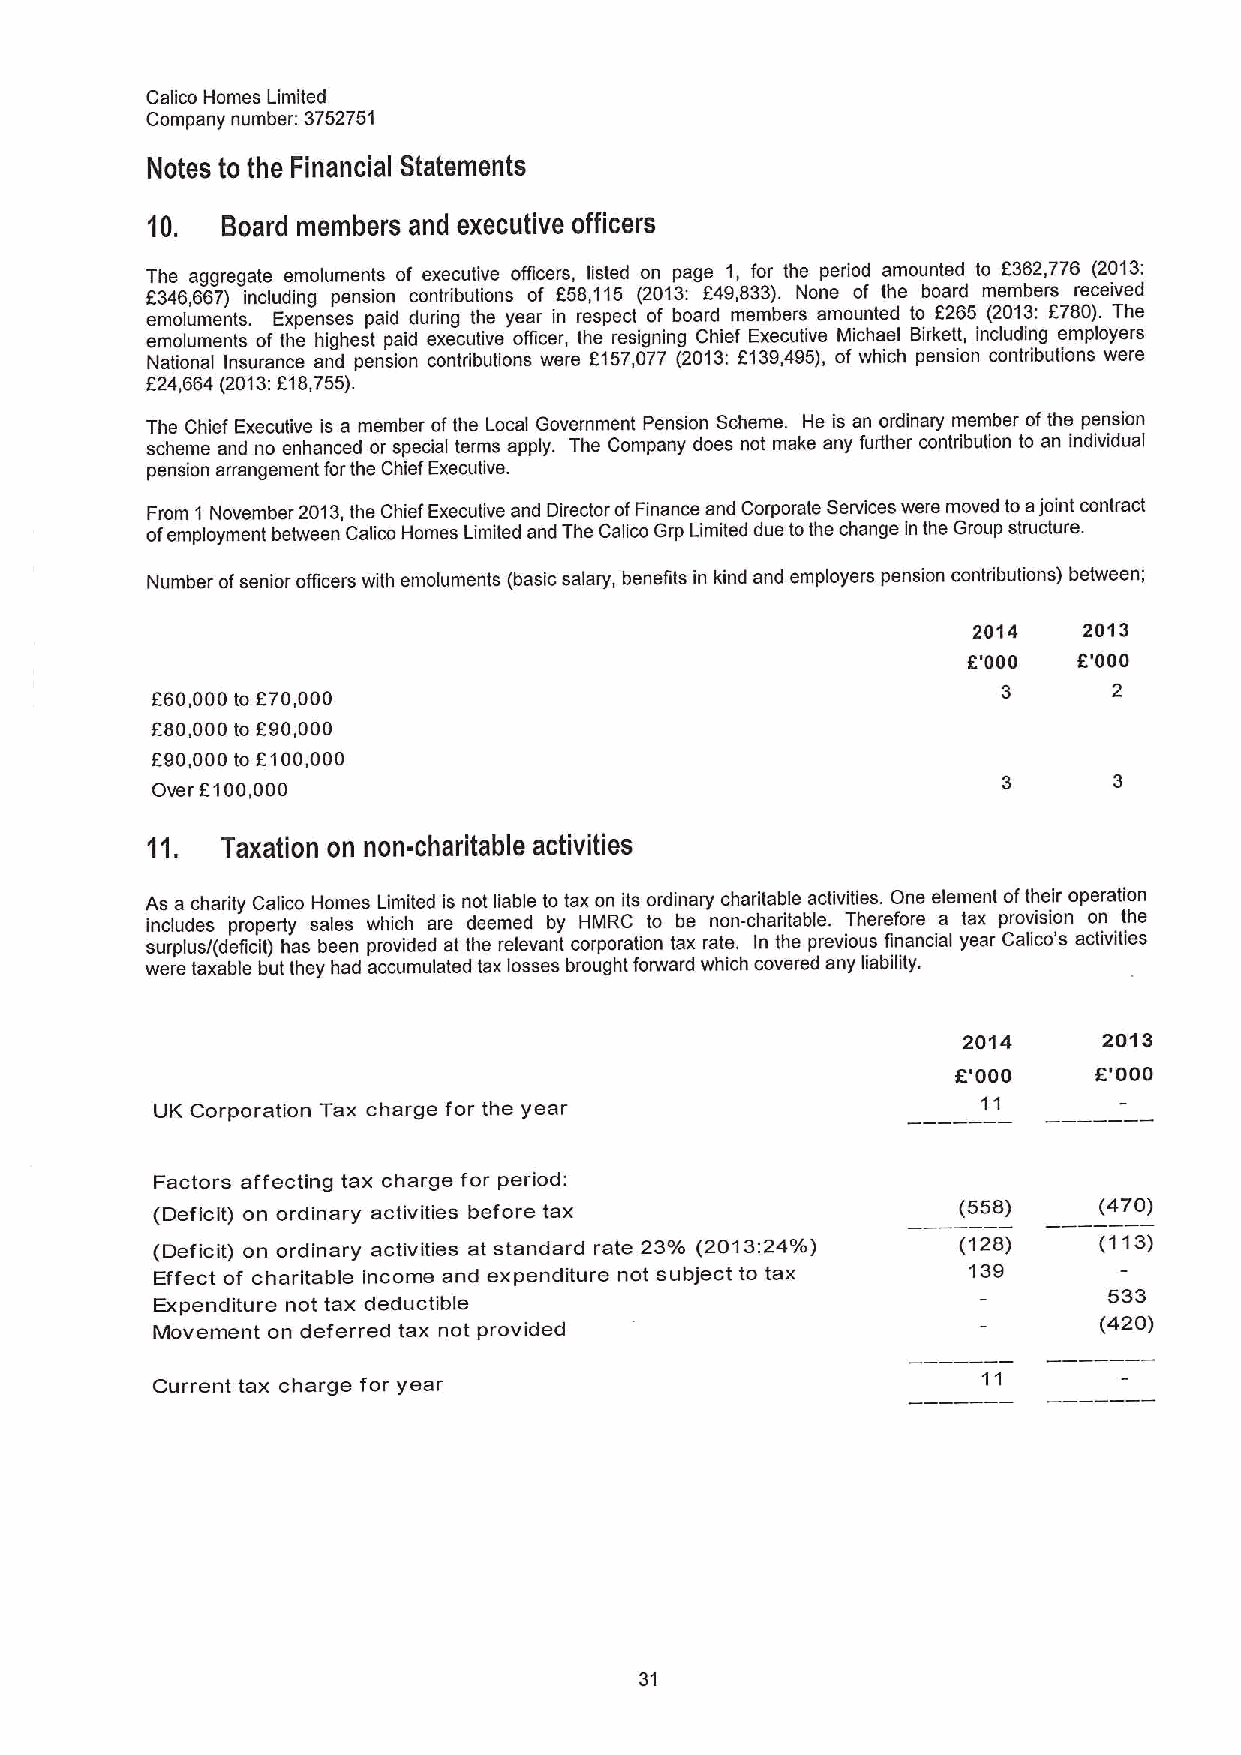
Calico Homes Limited
 Company number: 3752751
 Notes to the Financial Statements
 10.  Board members and executive officers
 The aggregate emoluments of executive officers, listed on page 1, for the period amounted to 6362,776 (2013:
 6346,667) including pension contributions of f58,115 (2013: 649,833). None of the board members received
 emoluments. Expenses paid during the year in respect of board members amounted to f265 (2013:F780). The
 emoluments of the highest paid executive officer, the resigning Chief Executive Michael Birkett, including employers
 National Insurance and pension contributions were 6157,077 (2013:6139,495), of which pension contributions were
 624,664 (2013:Et8,755).
 The Chief Executive is a member ofthe Local Government Pension Scheme. He is an ordinary member ofthe pension
 scheme and no enhanced or special terms apply. The Company does not make any further contribution to an individual
 pension arrangement forthe Chief Executive.
 From 1 November 2013,the Chief Executive and Director ofFinance and Corporate Services were moved to ajoint contract
 ofemployment between Calico Homes Limited and The Calico Grp Limited due tothe change in the Group structure.
 Number ofsenior officers with emoluments (basic salary, benefits in kind and employers pension contributions) between;
 2014    2013
 6'000  6'000
 860,000 to 670,000                                      3       2
 680,000 to E90,000
 f90,000 to E100,000
 Over F100,000
 11.  Taxation on non-charitable activities
 As a charity Calico Homes Limited is not liable to tax on its ordinary charitable activities. One element oftheir operation
 includes properly sales which are deemed by HMRC to be non-charitable. Therefore a tax provision on the
 surplus/(deficit) has been provided at the relevant corporation tax rate. In the previous financial year Calico's activities
 were taxable but they had accumulated tax losses brought forward which covered any liability.
 2014     2013
 E'000    E'000
 UK Corporation Tax charge for the year                 11
 Factors affecting tax charge for period:
 (Deficit) on ordinary activities before tax          (558)     (470)
 (Deficit) on ordinary activities at standard rate 23% (2013:24%) (128) (113)
 Effect of charitable income and expenditure not subject to tax 139
 533
 Expenditure not tax deductible
 (420)
 Movement on deferred tax not provided
 Current tax charge for year
 31